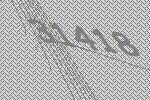
31418